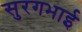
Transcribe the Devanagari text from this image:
सुरगभाई